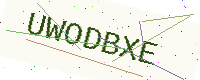
Text: UWODBXE